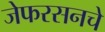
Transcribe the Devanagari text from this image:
जेफरसनचे